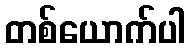
တစ်ယောက်ပါ